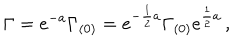
LaTeX: \Gamma = e ^ { - a } \Gamma _ { ( 0 ) } = e ^ { - { \frac { 1 } { 2 } } a } \Gamma _ { ( 0 ) } e ^ { { \frac { 1 } { 2 } } a } \, ,